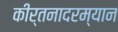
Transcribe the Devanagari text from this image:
कीर्तनादरम्यान